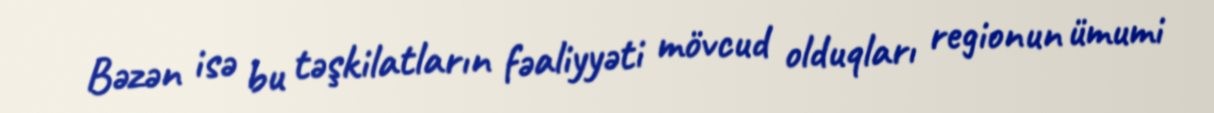
Bəzən isə bu təşkilatların fəaliyyəti mövcud olduqları regionun ümumi